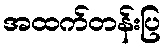
အထက်တန်းပြ